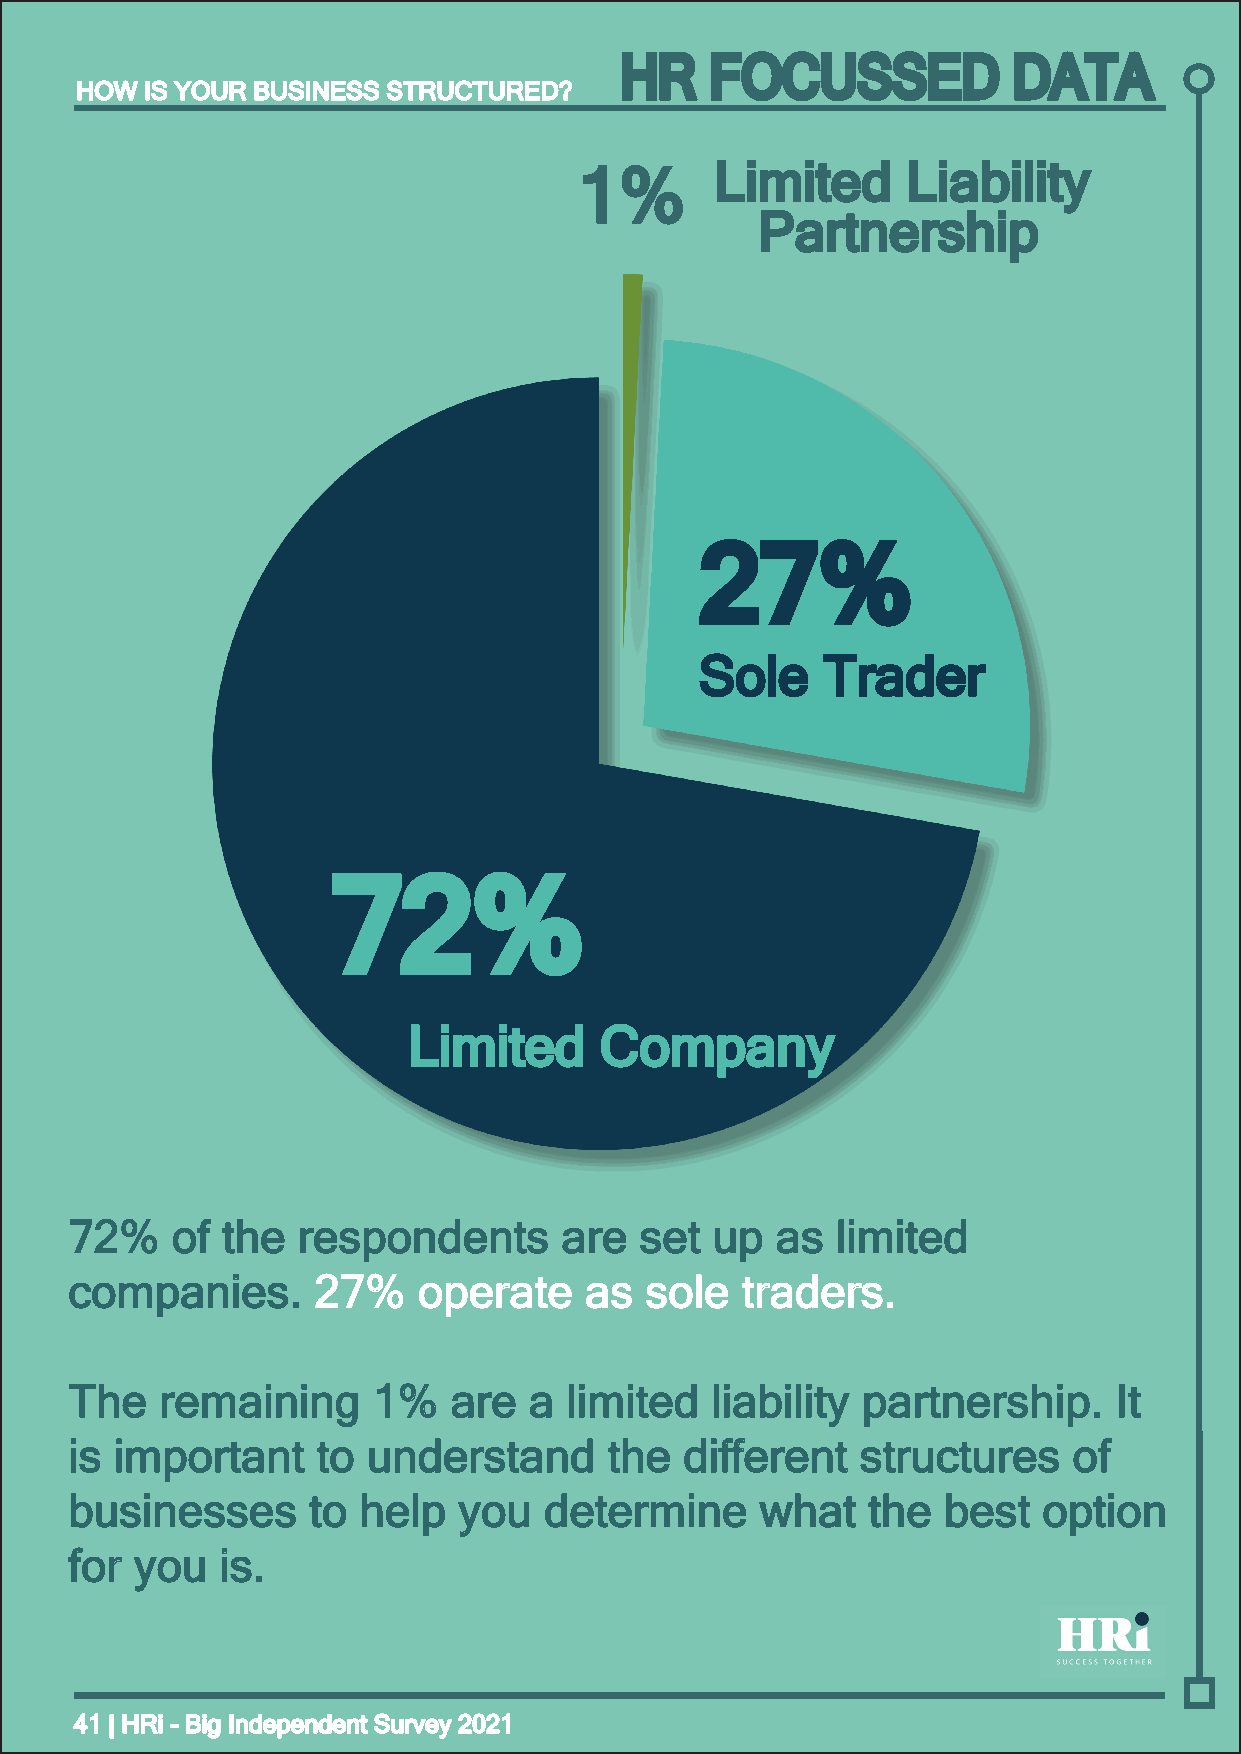
HR    FOCUSSED            DATA
 HHOOWW IISS YYOOUURR BBUUSSIINNEESSSS SSTTRRUUCCTTUURREEDD??
 11%%     LLiimmiitteedd LLiiaabbiilliittyy
 PPaarrttnneerrsshhiipp
 2277%%
 SSoollee TTrraaddeerr
 7722%%
 LLiimmiitteedd CCoommppaannyy
 7722%% ooff tthhee rreessppoonnddeennttss aarree sseett uupp aass lliimmiitteedd
 ccoommppaanniieess.. 2277%% ooppeerraattee aass ssoollee ttrraaddeerrss..
 TThhee rreemmaaiinniinngg 11%% aarree aa lliimmiitteedd lliiaabbiilliittyy ppaarrttnneerrsshhiipp.. IItt
 iiss iimmppoorrttaanntt ttoo uunnddeerrssttaanndd tthhee ddiiffffeerreenntt ssttrruuccttuurreess ooff
 bbuussiinneesssseess ttoo hheellpp yyoouu ddeetteerrmmiinnee wwhhaatt tthhee bbeesstt ooppttiioonn
 ffoorr yyoouu iiss..
 4411 || HHRRii -- BBiigg IInnddeeppeennddeenntt SSuurrvveeyy 22002211